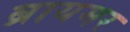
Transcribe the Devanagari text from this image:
ब्रायमर